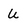
Character: U